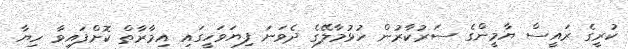
ކުރީގެ ރައީސް ޔާމީންގެ ސަރުކާރުން ހުޅުމާލޭގެ ދެވަނަ ފިޔަވަހީގައި އިމާރާތް ކޮށްފައިވާ ހިޔާ